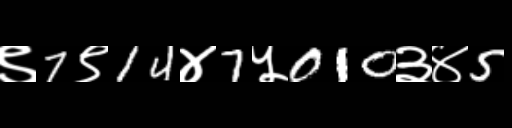
Text: ९7९14४7५010३४5